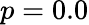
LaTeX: p=0.0